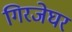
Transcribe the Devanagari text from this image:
गिरजेघर